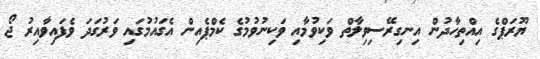
ޔޫރަޕްގެ އިއްތިހާދުން އިނގިރޭސިވިލާތް ވަކިވުމާއި ވަކިނުވުމުގެ ކެމްޕެއިން އެގައުމުގައި ވަރުގަދަ ވެފައިވާއިރު ޖޯ